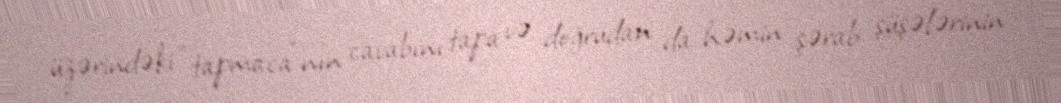
üzərindəki "tapmaca"nın cavabını tapa və doğrudan da həmin şərab şüşələrinin